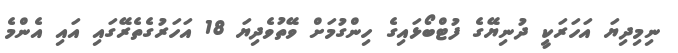
ނިމިދިޔަ އަހަރަކީ ދުނިޔޭގެ ފުޓްބޯޅައިގެ ހިންގުމަށް ވޭތުވެދިޔަ 18 އަހަރުގެތެރޭގައި އައި އެންމެ